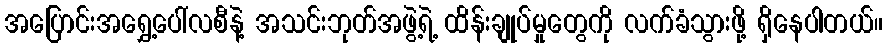
အပြောင်းအရွှေ့ပေါ်လစီနဲ့ အသင်းဘုတ်အဖွဲ့ရဲ့ ထိန်းချုပ်မှုတွေကို လက်ခံသွားဖို့ ရှိနေပါတယ်။